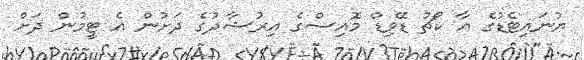
ޔުނައިޓެޑުގެ އާ ކޯޗު ޑޭވިޑް މޮއިސްގެ އިރުޝާދުގެ ދަށުން އެ ޓީމުން ދަށް